Investigations into the jail dietaries of the United Provinces with some observations on the influence of dietary on the physical development and well-being of the people of the United Provinces - Number 48
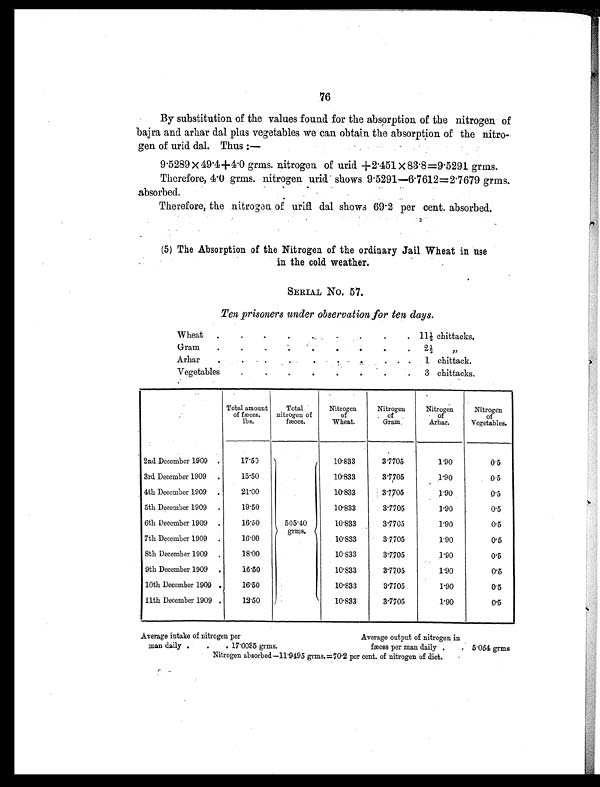
76
By substitution of the values found for the absorption of the nitrogen of
bajra and arhar dal plus vegetables we can obtain the absorption of the nitro-
gen of urid dal. Thus
: —
9.5289 × 49.4+4.0 grms. nitrogen of urid +2.451 × 83.8=9.5291 grms.
Therefore, 4.0 grms. nitrogen urid shows 9.5291—6.7612=2.7679 grms.
absorbed.
Therefore, the nitrogen of urifl dal shows 69.2 per cent. absorbed.
(5) The Absorption of the Nitrogen of the ordinary Jail Wheat in use
in the cold weather.
SERIAL NO. 57.
Ten prisoners under observation for ten days.
Wheat
.
.
.
.
.
.
.
.
. 11½ chittacks.
Gram
.
.
.
.
.
.
.
.
. 2½ „
Arhar
.
.
.
.
.
.
.
.
. 1 chittack.
Vegetables
.
.
.
.
.
.
.
. 3 chittacks.
Total amount
of fæces.
l b s .
Total
nitrogen of
fæces.
Nitrogen
of
Wheat.
Nitrogen
of
Gr am.
Nitrogen
of
Arhar.
Nitrogen
of
Vegetables.
2nd December 1909
.
17.50
505.40
grms.
10.833
3.7705
1.90
0.5
3rd December 1909
.
15.50
10.833
3.7705
1.90
0.5
4th December 1909
.
21.00
10.833
3.7705
1.90
0.5
5th December 1909
.
19.50
10.833
3.7705
1.90
0.5
6th December 1909
.
16.50
10.833
3.7705
1.90
0.5
7th December 1909
.
16.00
10.833
3.7705
1.90
0.5
8th December 1909
.
18.00
10.833
3.7705
1.90
0.5
9th December 1909
.
16.50
10.833
3.7705
1.90
0.5
10th December 1909 .
16.50
10.833
3.7705
1.90
0.5
11th December 1909 .
12.50
10.833
3.7705
1.90
0.5
Average intake of nitrogen per
Average output of nitrogen in
man daily .
.
. 1 7 . 0 0 3 5 g r m s .
fæces per man daily .
. 5.054 grms
Nitrogen absorbed—11.9495 grms.=70.2 per cent. of nitrogen of diet.